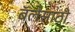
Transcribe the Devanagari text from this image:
बॅलेसाठी